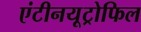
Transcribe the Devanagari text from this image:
एंटीनयूट्रोफिल